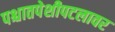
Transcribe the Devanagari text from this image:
पश्चातपेशीपटलावर